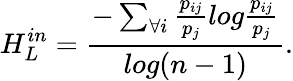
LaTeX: H_{L}^{in}=\frac{-\sum_{\forall i}\frac{p_{ij}}{p_{j}}log\frac{p_{ij}}{p_{j}}}{log(n-1)}.